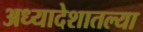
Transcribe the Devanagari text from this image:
अध्यादेशातल्या